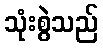
သုံးစွဲသည်